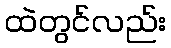
ထဲတွင်လည်း